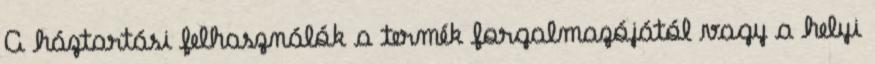
A háztartási felhasználók a termék forgalmazójától vagy a helyi